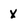
Character: x